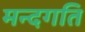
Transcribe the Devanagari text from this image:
मन्दगति